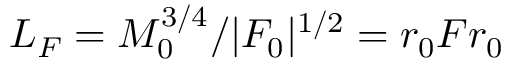
L _ { F } = M _ { 0 } ^ { 3 / 4 } / | F _ { 0 } | ^ { 1 / 2 } = r _ { 0 } F r _ { 0 }